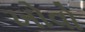
ખોવો